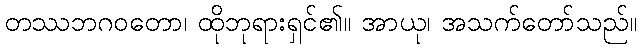
တဿဘဂဝတော၊ ထိုဘုရားရှင်၏။ အာယု၊ အသက်တော်သည်။